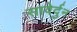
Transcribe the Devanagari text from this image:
सावेर्दुन